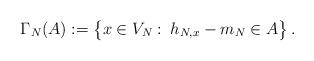
LaTeX: \begin{align*}\Gamma_N(A) := \big\{ x \in V_N :\: h_{N,x} - m_N \in A \big\} \,.\end{align*}